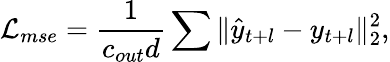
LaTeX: \mathcal{L}_{mse}=\frac{1}{c_{out}d}\sum\| \widehat{y}_{t+l}-y_{t+l}\| _{2}^{2},